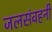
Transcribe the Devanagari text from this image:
जलसंवहनी